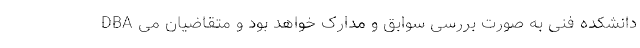
DBA دانشکده فنی به صورت بررسی سوابق و مدارک خواهد بود و متقاضیان می